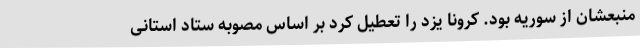
منبعشان از سوریه بود. کرونا یزد را تعطیل کرد بر اساس مصوبه ستاد استانی